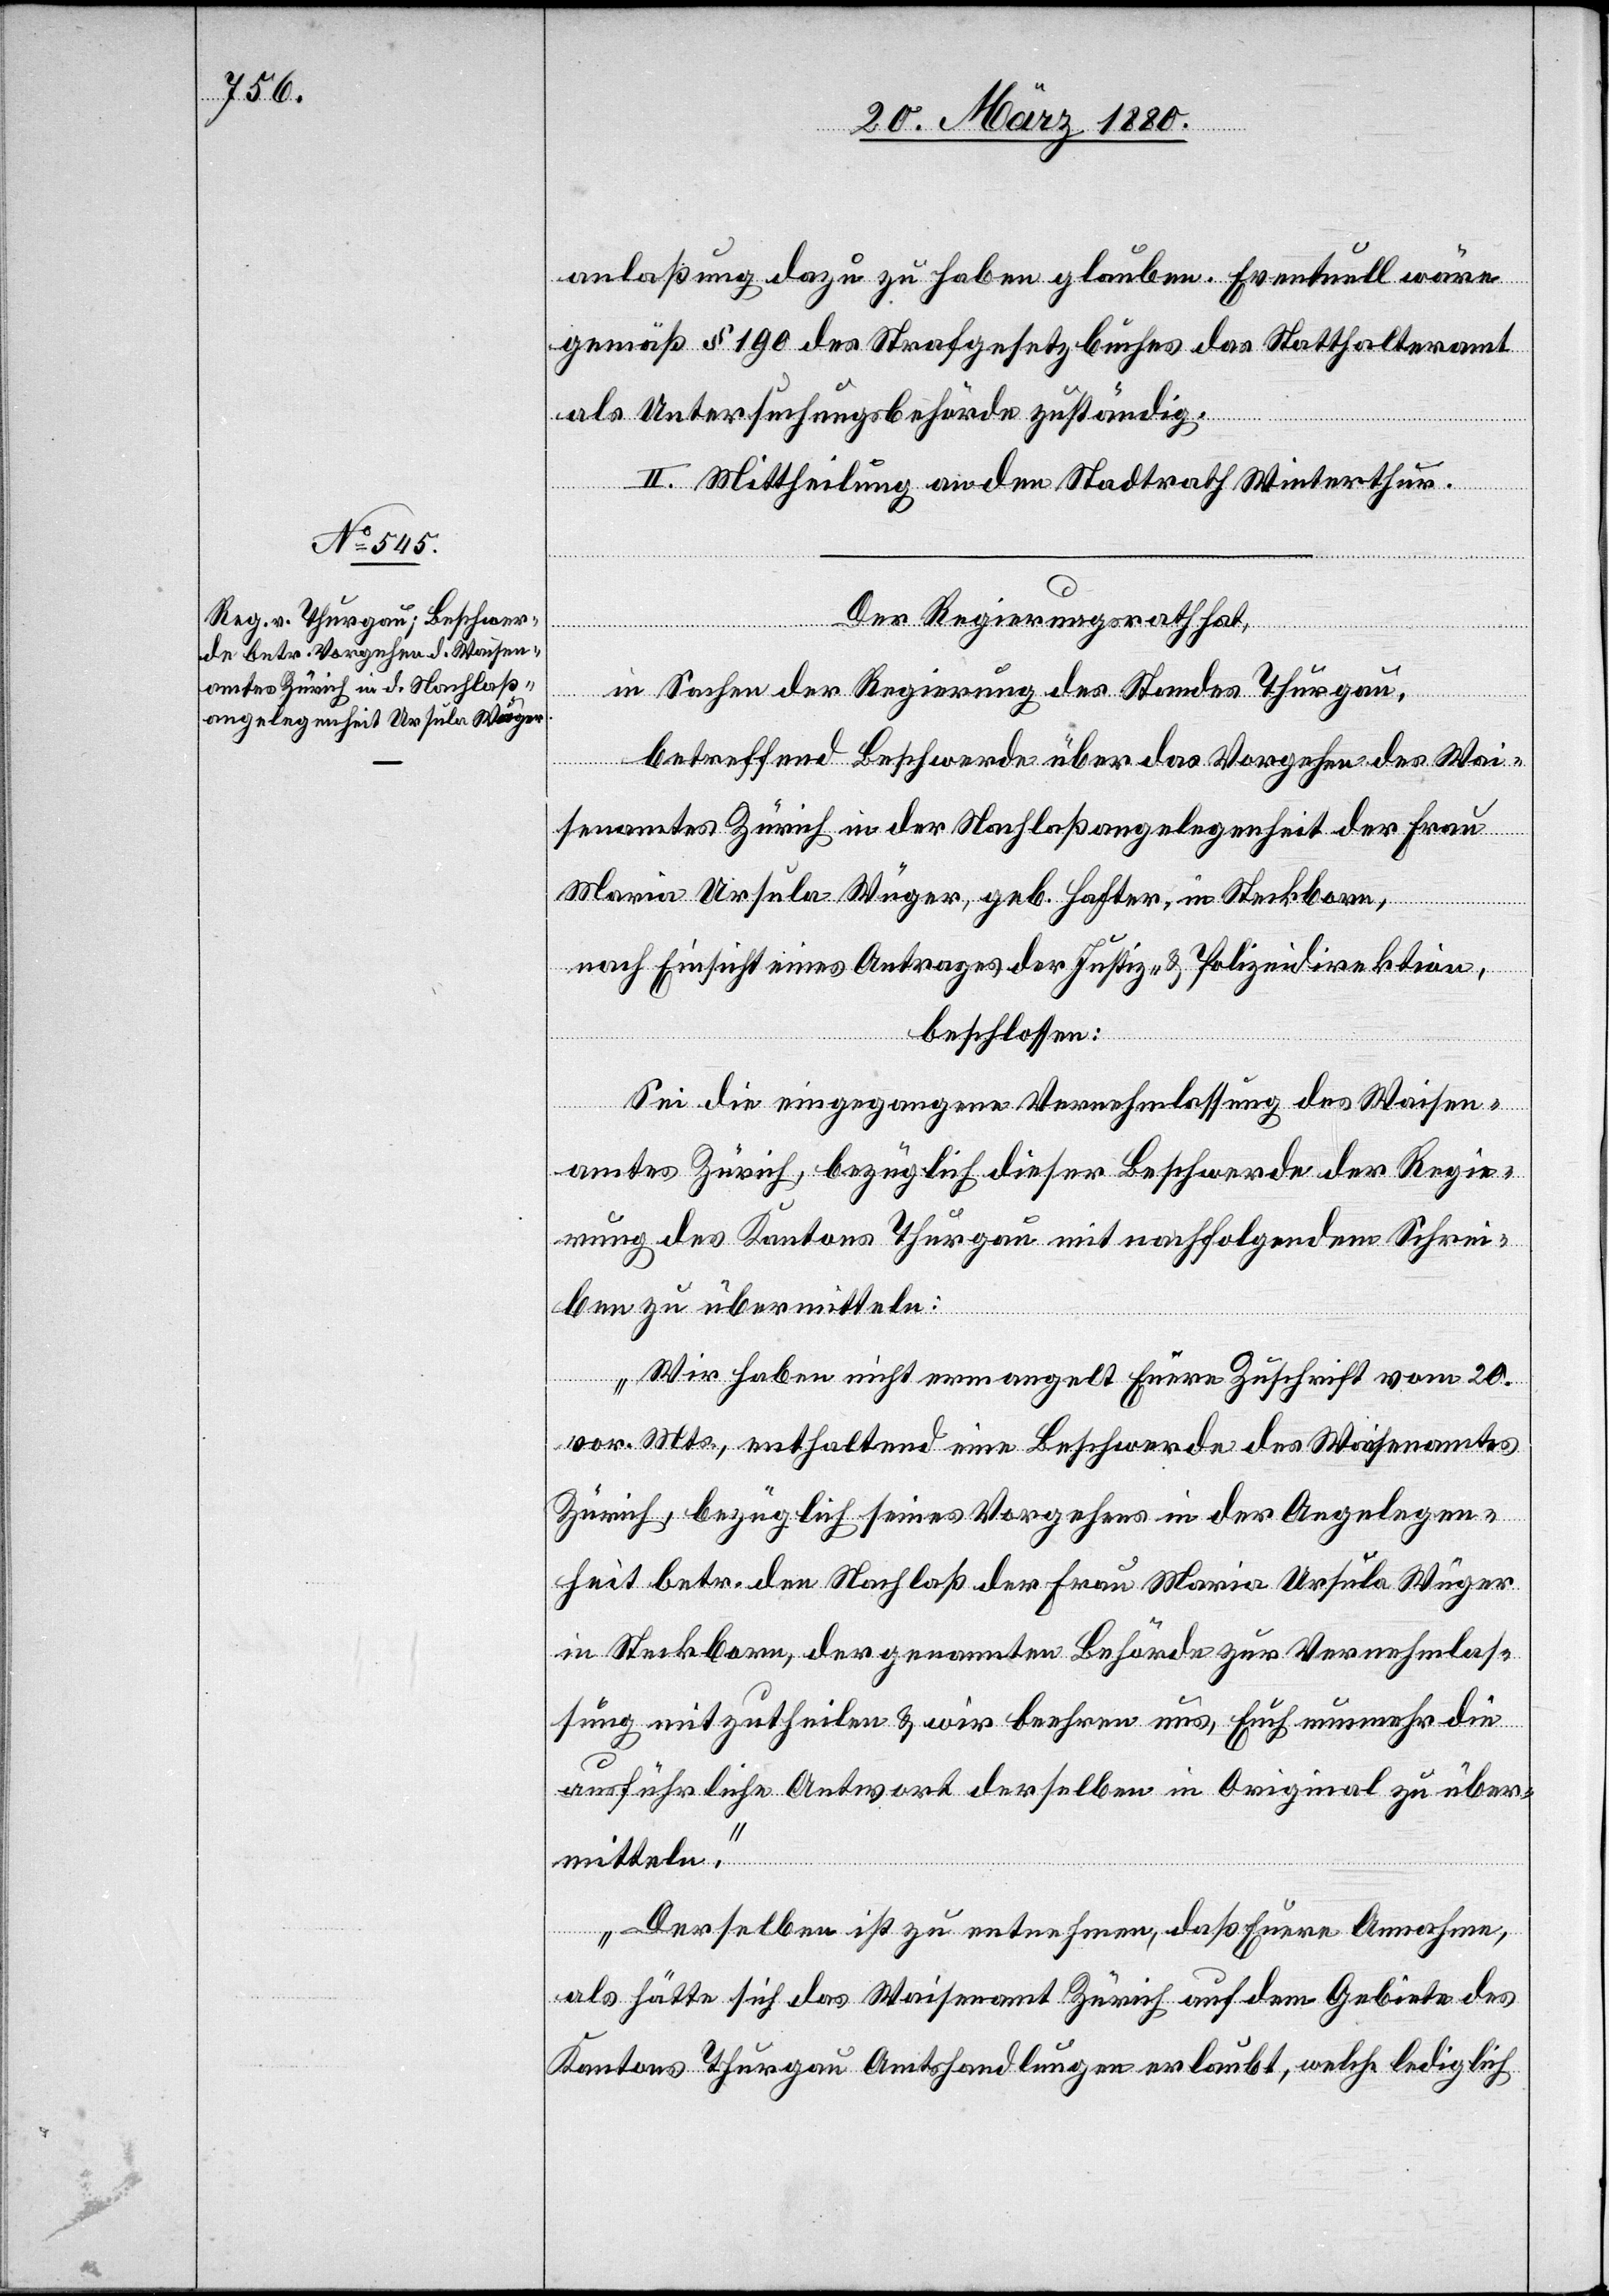
namt
Der Regierungsrath hat,
in Sachen der Regierung des Standes Thurgau,
betreffend Beschwerde über das Vorgehen des Wai¬
senamtes Zürich in der Nachlaßangelegenheit der Frau
nach Einsicht eines Antrages der Justiz- & Polizeidirektion,
beschlossen:
Sei die eingegangene Vernehmlassung des Waisen¬
amtes Zürich, bezüglich dieser Beschwerde der Regie¬
rung des Kantons Thurgau mit nachfolgendem Schrei¬
ben zu übermitteln:
„Wir haben nicht ermangelt Eure Zuschrift vom 20.
vor. Mts., enthaltend eine Beschwerde des Waisenamtes
Zürich], bezüglich seines Vorgehens in der Angelegen¬
heit betr. den Nachlaß der Frau Maria Ursula Wüger
in Steckborn, der genannten Behörde zur Vernehmlas¬
sung mitzutheilen & wir beehren uns, Euch nunmehr die
ausführliche Antwort derselben in Original zu über¬
mitteln.
Derselben ist zu entnehmen, daß Eure Annahme,
als hätte sich das Waisenamt Zürich auf dem Gebiete des
Kantons Thurgau Amtshandlungen erlaubt, welche lediglich